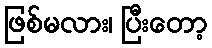
ဖြစ်မလား၊ ပြီးတော့